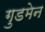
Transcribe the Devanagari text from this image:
गुडमेन